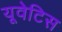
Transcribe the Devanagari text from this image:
यूवेटिस